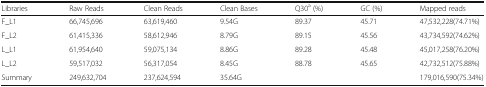
| Libraries | Raw Reads | Clean Reads | Clean Bases | Q30a (%) | GC (%) | Mapped reads |
 | --- | --- | --- | --- | --- | --- | --- |
 | F_L1 | 66,745,696 | 63,619,460 | 9.54G | 89.37 | 45.71 | 47,532,228(74.71%) |
 | F_L2 | 61,415,336 | 58,612,946 | 8.79G | 89.15 | 45.56 | 43,734,592(74.62%) |
 | L_L1 | 61,954,640 | 59,075,134 | 8.86G | 89.28 | 45.48 | 45,017,258(76.20%) |
 | L_L2 | 59,517,032 | 56,317,054 | 8.45G | 88.78 | 45.65 | 42,732,512(75.88%) |
 | Summary | 249,632,704 | 237,624,594 | 35.64G |  |  | 179,016,590(75.34%) |